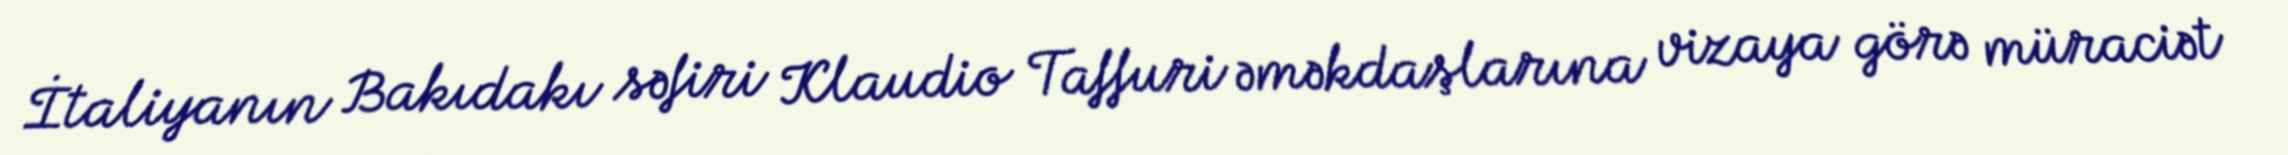
İtaliyanın Bakıdakı səfiri Klaudio Taffuri əməkdaşlarına vizaya görə müraciət